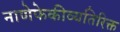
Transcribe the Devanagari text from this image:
नाणेफेकीव्यतिरिक्त